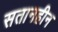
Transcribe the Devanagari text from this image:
सतानहीन